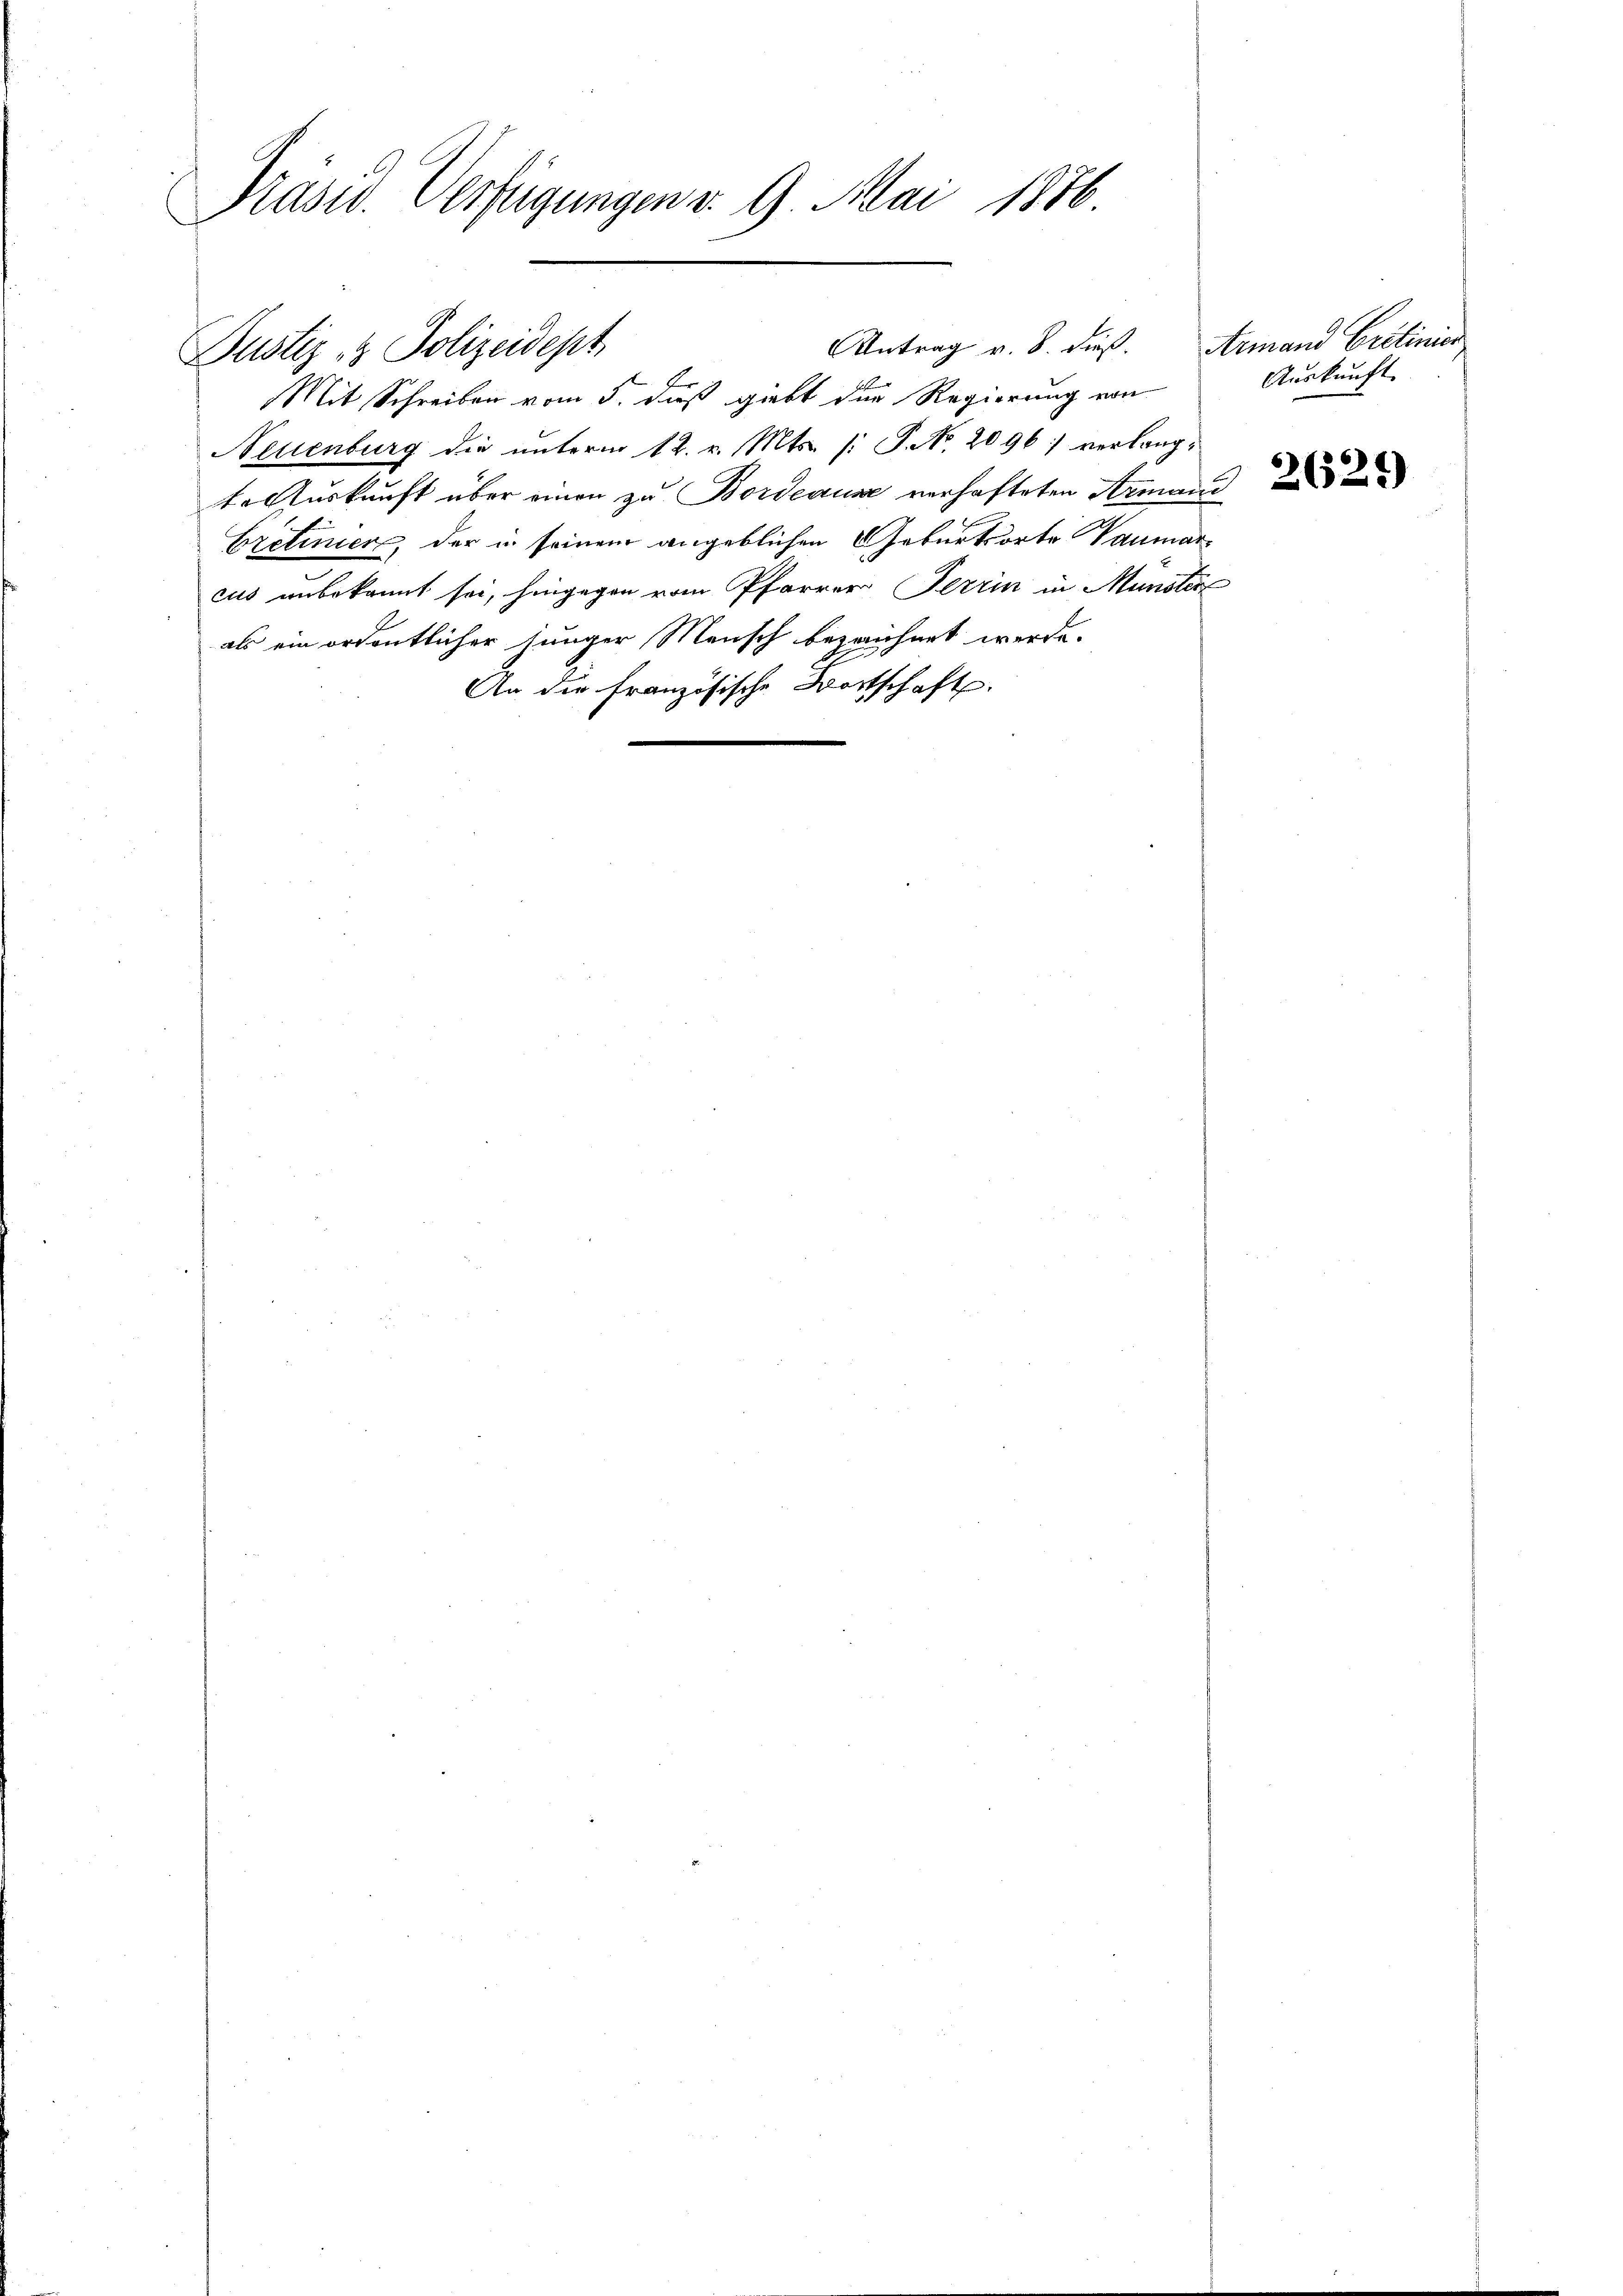
Präsid. Verfügungen v. 9. Mai 1886.

Mit Schreiben vom 5. dieß giebt der Regierung von
Neuenburg die unterm 12. v. Mts. /: P. No. 2096 verlangte Auskunft über einen zu Bordeause verhafteten Armand
Eretinier, der in seinem angeblichen Geburtsorte Vaumar
cus unbekannt sei, hingegen vom Pfarrer Terrin in Münster
als ein ordentlicher junger Mensch bezeichnet werde.
An die französische Wortschaft.

Justiz & Polizeidept

Antrag v. 8. dieß. Armand Cretinier

Auskunft.